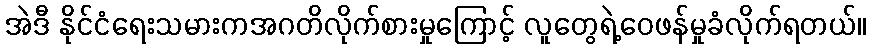
အဲဒီ နိုင်ငံရေးသမားကအဂတိလိုက်စားမှုကြောင့် လူတွေရဲ့ဝေဖန်မှုခံလိုက်ရတယ်။